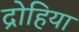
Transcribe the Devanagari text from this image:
द्रोहिया